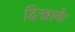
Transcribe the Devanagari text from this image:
दिखाके